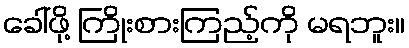
ခေါ်ဖို့ ကြိုးစားကြည့်ကို မရဘူး။